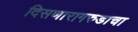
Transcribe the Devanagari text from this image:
दिसणारागरुडाचा